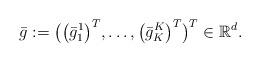
LaTeX: \begin{align*}\bar{g} := \bigl( \bigl(\bar{g}_1^1\bigr)^T,\dots,\bigl(\bar{g}_K^K\bigr)^T\bigr)^T \in \mathbb{R}^d .\end{align*}